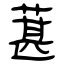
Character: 葚